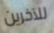
للآخرين